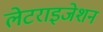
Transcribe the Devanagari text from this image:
लेटराइजेशन